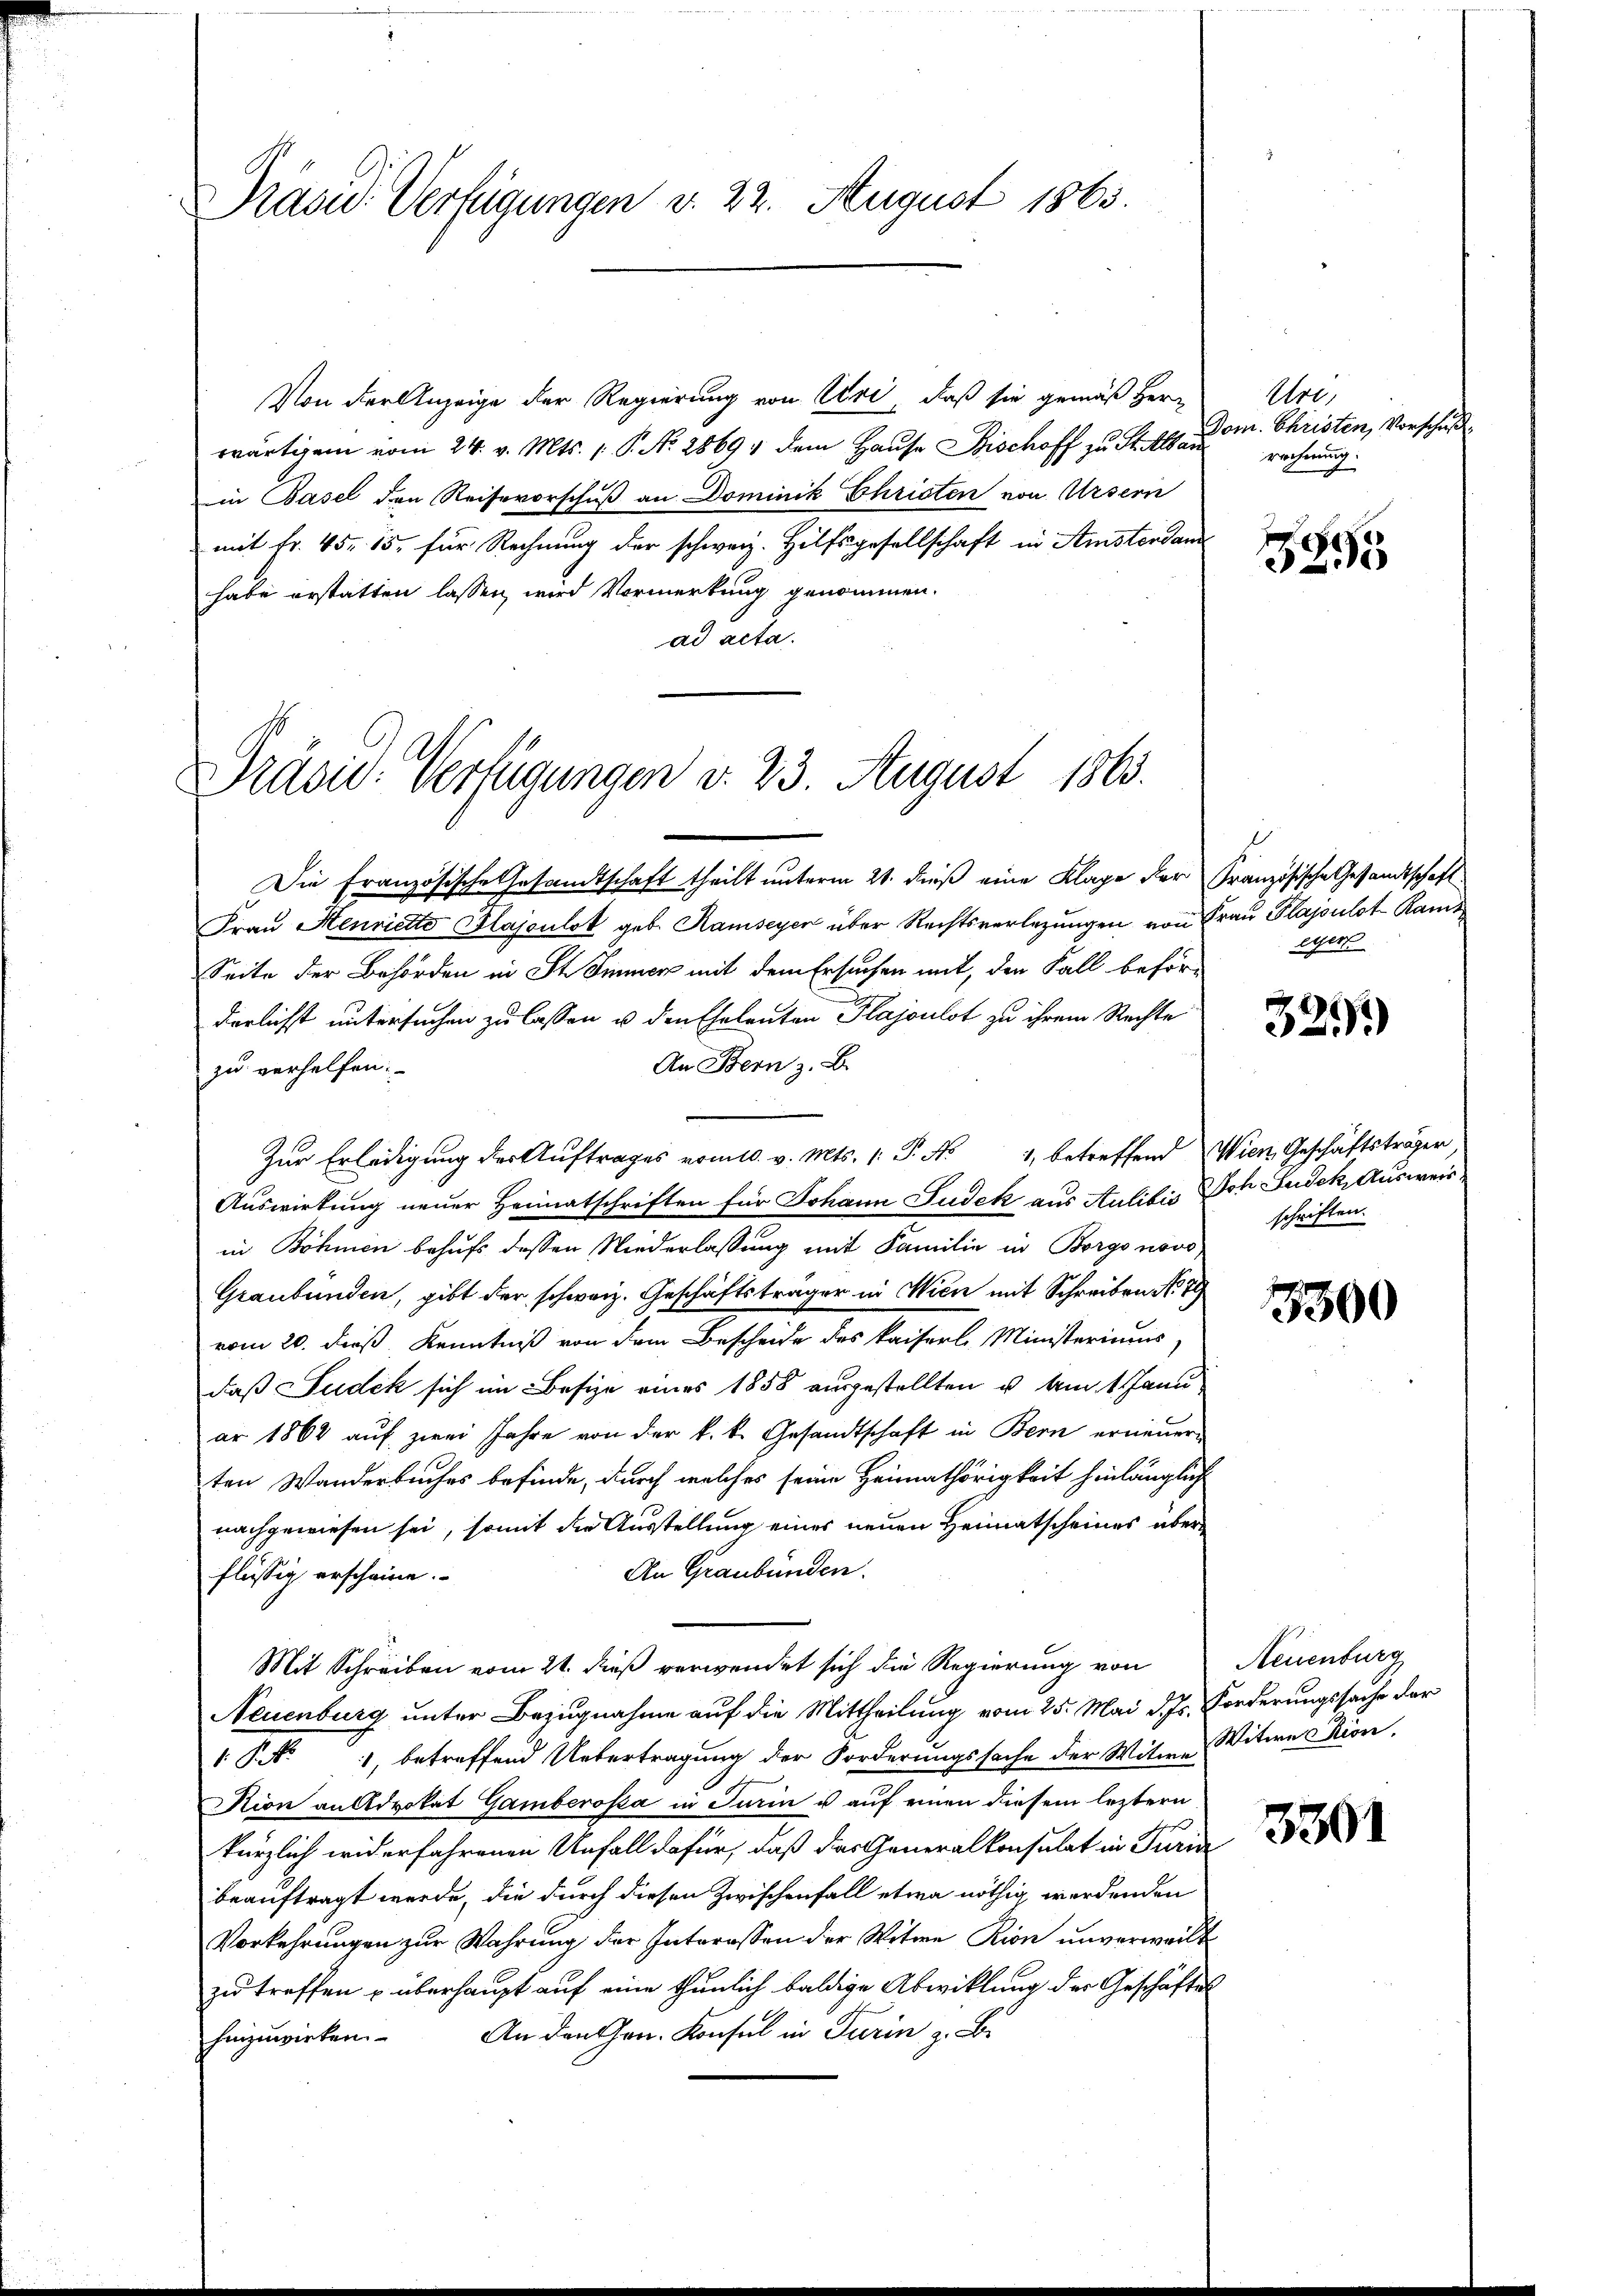
Präsid. Verfügungen v. 22. August 1863.

Von der Anzeige der Regierung von Uri, daß sie gemäß Herr
wärtigem vom 24. v. Mts. 1. P. Nr. 2869, dem Hause Bischoff zu St. Alar
in Basel den Reisevorschuß an Dominik Christen von Ursern
mit Fr. 45. 15. für Rechnung der schweiz. Hilfsgesellschaft in Amsterdan
habe erstatten lassen, wird Vormerkung genommen.
ad acta.

Präsid. Verfügungen v. 23. August 1863.

Die Französische Gesandtschaft theilt unterm 21. dieß eine Klage der Französische Gesandtschaft
Frau Henrietto Glajoulot geb. Ramseyer über Rechtsverlegungen von Frau Plajoulot- Rams
Seite der Behörden in St. Immer mit dem Ersuchen mit, den Fall beförderlichst untersuchen zu lassen u. den Eheleuten Plajoulot zu ihrem Rechte
An Bern z. B.
zu verhelfen.
Zur Erledigung der Auftrages vom 10. v. Mts. 1. P. No 1, betreffend Wien Geschäftsträger
Auswirkung neuer Heimatschriften für Johann Judek aus Aulitis Joh Judek, Ausweisin Böhmen behufs dessen Niederlassung mit Familie in Borgo novo¬
Graubünden, gibt der schweiz. Geschäftsträger in Wien mit Schreiben No 7
vom 20. dieß, Kenntniß von dem Bescheide des Kaiserl Ministeriums
daß Sudek sich im Besize eines 1858 ausgestellten u. am 1. Janu
ar 1862 auf zwei Jahre von der k. k. Gesandtschaft in Bern erneuern
ten Wanderbuches befinde, durch welches seine Heimathörigkeit hinlänglich
nachgewiesen sei, somit die Ausstellung eines neuen Heimatscheines über¬
An Graubünden.
flüssig erscheine.
Mit Schreiben vom 21. dieß verwendet sich die Regierung von Neuenburg
Neuenburg unter Bezugnahme auf die Mittheilung vom 25. Mai d. Js. Forderungssache der
1 No 1, betreffend Uebertragung der Forderungssache der Witwe Witwe Kion.
Kion an Advokat Gamberosa in Turin u auf einen diesem leztern
kürzlich widerfahrenen Unfall dafür, daß das Generalkonsulat in Turin
beauftragt werde, die durch diesen Zwischenfall etwa nöthig werdenden
Vorkehrungen zur Wahrung der Interessen der Witwe Rion unverweilt
zu treffen u überhaupt auf eine thunlich baldige Abwicklung der Geschäftes
hinzuwirken. An den Hrn. Konsul in Turin z. B.

Uri,
Dom. Christen, Vorschuß
rechnung.

295

eyer

32.)

schriften.

8300

3301